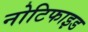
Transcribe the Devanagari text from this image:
नोटिफाइड